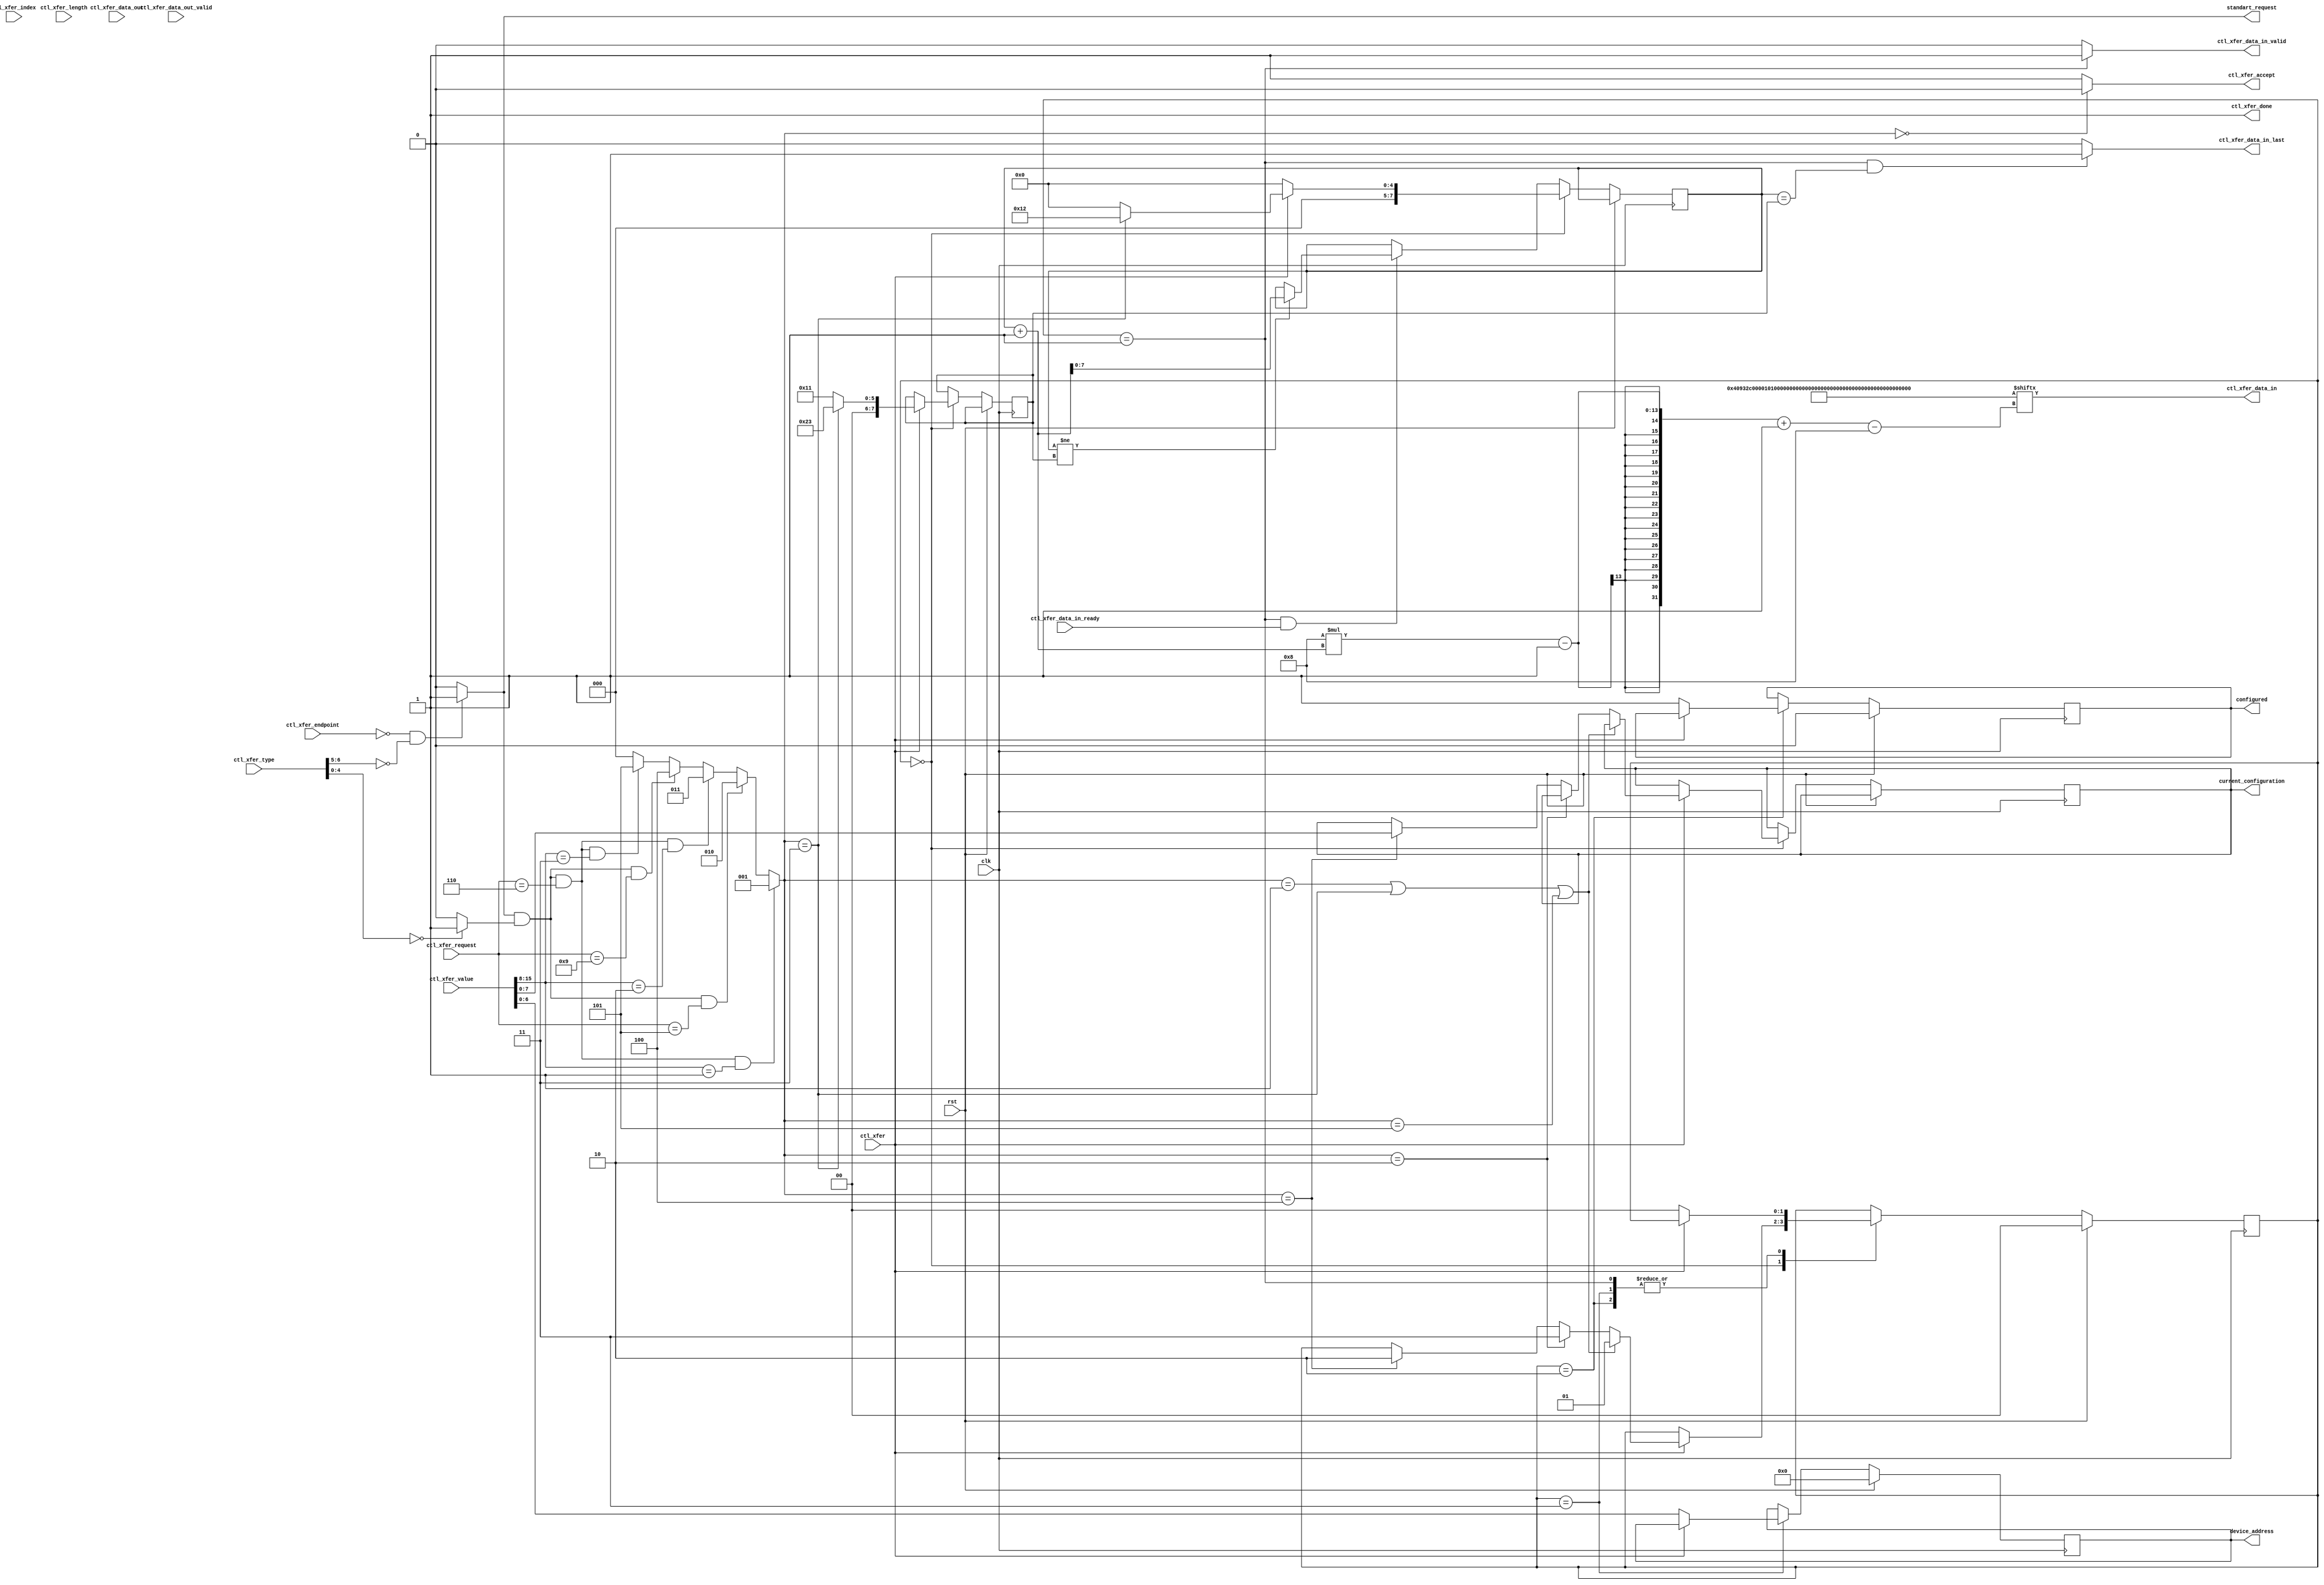
`timescale 1ns / 1ps
//////////////////////////////////////////////////////////////////////////////////
// Company:
// 
// Design Name: 
// Module Name: usb_std_request
// Project Name: axis_usbd
// Target Devices:
// Tool Versions:
// Description: 
// 
// Dependencies: 
// 
// Revision:
// Revision 0.01 - File Created
// Additional Comments:
// Based on project 'https://github.com/ObKo/USBCore'
// License: MIT
//  Copyright (c) 2021 Dmitry Matyunin
//  Permission is hereby granted, free of charge, to any person obtaining a copy
//  of this software and associated documentation files (the "Software"), to deal
//  in the Software without restriction, including without limitation the rights
//  to use, copy, modify, merge, publish, distribute, sublicense, and/or sell
//  copies of the Software, and to permit persons to whom the Software is
//  furnished to do so, subject to the following conditions:
//
//  The above copyright notice and this permission notice shall be included in
//  all copies or substantial portions of the Software.
//
//  THE SOFTWARE IS PROVIDED "AS IS", WITHOUT WARRANTY OF ANY KIND, EXPRESS OR
//  IMPLIED, INCLUDING BUT NOT LIMITED TO THE WARRANTIES OF MERCHANTABILITY
//  FITNESS FOR A PARTICULAR PURPOSE AND NONINFRINGEMENT. IN NO EVENT SHALL THE
//  AUTHORS OR COPYRIGHT HOLDERS BE LIABLE FOR ANY CLAIM, DAMAGES OR OTHER
//  LIABILITY, WHETHER IN AN ACTION OF CONTRACT, TORT OR OTHERWISE, ARISING FROM,
//  OUT OF OR IN CONNECTION WITH THE SOFTWARE OR THE USE OR OTHER DEALINGS IN
//  THE SOFTWARE.
// 
//////////////////////////////////////////////////////////////////////////////////

module usb_std_request #(
	parameter [15:0]VENDOR_ID = 16'hFACE,
	parameter [15:0]PRODUCT_ID = 16'h0BDE,
	parameter MANUFACTURER_LEN = 0,
	parameter MANUFACTURER = "",
	parameter PRODUCT_LEN = 0,
	parameter PRODUCT = "",
	parameter SERIAL_LEN = 0,
	parameter SERIAL = "",
	parameter CONFIG_DESC_LEN = 18,
	parameter CONFIG_DESC = {
		/* Interface descriptor */
		8'h00,		/* iInterface */
		8'h00,		/* bInterfaceProtocol */
		8'h00,		/* bInterfaceSubClass */
		8'h00,		/* bInterfaceClass */
		8'h00,		/* bNumEndpoints = 0 */
		8'h00,		/* bAlternateSetting */
		8'h00,		/* bInterfaceNumber = 0 */
		8'h04,		/* bDescriptorType = Interface Descriptor */
		8'h09,		/* bLength = 9 */
		/* Configuration Descriptor */
		8'h32,		/* bMaxPower = 100 mA */
		8'hC0,		/* bmAttributes = Self-powered */
		8'h00,		/* iConfiguration */
		8'h01,		/* bConfigurationValue */
		8'h01,		/* bNumInterfaces = 1 */
		16'h0012,	/* wTotalLength = 18 */
		8'h02,		/* bDescriptionType = Configuration Descriptor */
		8'h09		/* bLength = 9 */
	},
	parameter integer HIGH_SPEED = 1
)
(
	input wire rst,
	input wire clk,
	input wire [3:0]ctl_xfer_endpoint,
	input wire [7:0]ctl_xfer_type,
	input wire [7:0]ctl_xfer_request,
	input wire [15:0]ctl_xfer_value,
	input wire [15:0]ctl_xfer_index,
	input wire [15:0]ctl_xfer_length,
	output wire ctl_xfer_accept,
	input wire ctl_xfer,
	output wire ctl_xfer_done,
	input wire [7:0]ctl_xfer_data_out,
	input wire ctl_xfer_data_out_valid,
	output wire [7:0]ctl_xfer_data_in,
	output wire ctl_xfer_data_in_valid,
	output wire ctl_xfer_data_in_last,
	input wire ctl_xfer_data_in_ready,
	output wire [6:0]device_address,
	output wire [7:0]current_configuration,
	output wire configured,
	output wire standart_request
);

function [(2+2*MANUFACTURER_LEN)*8-1:0]desc_manufacturer;
	input [MANUFACTURER_LEN*8-1:0]str;
	integer i;
	begin
		desc_manufacturer[8*(0+1)-1-:8] = 2+2*MANUFACTURER_LEN;
		desc_manufacturer[8*(1+1)-1-:8] = 8'h03;
		for (i = 0; i < MANUFACTURER_LEN; i = i + 1) begin
			desc_manufacturer[8*(2+2*i+1)-1-:8] = str[8*(MANUFACTURER_LEN-i)-1-:8];
			desc_manufacturer[8*(3+2*i+1)-1-:8] = 8'h00;
		end
	end
endfunction

function [(2+2*PRODUCT_LEN)*8-1:0]desc_product;
	input [PRODUCT_LEN*8-1:0]str;
	integer i;
	begin
		desc_product[8*(0+1)-1-:8] = 2+2*PRODUCT_LEN;
		desc_product[8*(1+1)-1-:8] = 8'h03;
		for (i = 0; i < PRODUCT_LEN; i = i + 1) begin
			desc_product[8*(2+2*i+1)-1-:8] = str[8*(PRODUCT_LEN-i)-1-:8];
			desc_product[8*(3+2*i+1)-1-:8] = 8'h00;
		end
	end
endfunction

function [(2+2*SERIAL_LEN)*8-1:0]desc_serial;
	input [SERIAL_LEN*8-1:0]str;
	integer i;
	begin
		desc_serial[8*(0+1)-1-:8] = 2+2*SERIAL_LEN;
		desc_serial[8*(1+1)-1-:8] = 8'h03;
		for (i = 0; i < SERIAL_LEN; i = i + 1) begin
			desc_serial[8*(2+2*i+1)-1-:8] = str[8*(SERIAL_LEN-i)-1-:8];
			desc_serial[8*(3+2*i+1)-1-:8] = 8'h00;
		end
	end
endfunction

/* Full Speed Descriptor */
localparam DEVICE_DESC_FS = {
	8'h01,                             	  		/* bNumConfigurations = 1 */
	(SERIAL_LEN == 0) ? 8'h00 : 8'h03,    		/* iSerialNumber */
	(PRODUCT_LEN == 0) ? 8'h00 : 8'h02,			/* iProduct */
	(MANUFACTURER_LEN == 0) ? 8'h00 : 8'h01,  	/* iManufacturer */
	16'h0000,									/* bcdDevice */
	PRODUCT_ID,									/* idProduct */
	VENDOR_ID,									/* idVendor */
	8'h40,	                              		/* bMaxPacketSize = 64 */
	8'h00,	                              		/* bDeviceProtocol */
	8'h00,                              		/* bDeviceSubClass */
	8'hFF,                              		/* bDeviceClass = None */
	16'h0110,									/* bcdUSB = USB 1.1 */
	8'h01,                         				/* bDescriptionType = Device Descriptor */
	8'h12					                    /* bLength = 18 */
};

/* High Speed Descriptor */
localparam DEVICE_DESC_HS = {
	8'h01,										/* bNumConfigurations = 1 */
	(SERIAL_LEN == 0) ? 8'h00 : 8'h03,			/* iSerialNumber */
	(PRODUCT_LEN == 0) ? 8'h00 : 8'h02,			/* iProduct */
	(MANUFACTURER_LEN == 0) ? 8'h00 : 8'h01,	/* iManufacturer */
	16'h0000,									/* bcdDevice */ 
	PRODUCT_ID,									/* idProduct */
	VENDOR_ID,									/* idVendor */
	8'h40,										/* bMaxPacketSize = 64 */
	8'h00,										/* bDeviceProtocol */
	8'h00,										/* bDeviceSubClass */
	8'hFF,										/* bDeviceClass = None */
	16'h0200,									/* bcdUSB = USB 2.0 */
	8'h01,										/* bDescriptionType = Device Descriptor */
	8'h12										/* bLength = 18 */
};

localparam DEVICE_DESC = (HIGH_SPEED == 1) ? DEVICE_DESC_HS : DEVICE_DESC_FS;

localparam [4*8-1:0]STR_DESC = {
    16'h0409,
	8'h03,										/* bDescriptorType = String Descriptor */
	8'h04										/* bLength = 4 */
};

localparam MANUFACTURER_STR_DESC = desc_manufacturer(MANUFACTURER);
localparam PRODUCT_STR_DESC = desc_product(PRODUCT);
localparam SERIAL_STR_DESC = desc_serial(SERIAL);

localparam DEVICE_DESC_LEN = 18;
localparam STR_DESC_LEN = 4;
localparam MANUFACTURER_STR_DESC_LEN = 2 + 2*MANUFACTURER_LEN;
localparam PRODUCT_STR_DESC_LEN = 2 + 2*PRODUCT_LEN;
localparam SERIAL_STR_DESC_LEN = 2 + 2*SERIAL_LEN;

localparam DESC_SIZE_STR = DEVICE_DESC_LEN + CONFIG_DESC_LEN + STR_DESC_LEN + MANUFACTURER_STR_DESC_LEN + PRODUCT_STR_DESC_LEN + SERIAL_STR_DESC_LEN;
localparam DESC_SIZE_NOSTR = DEVICE_DESC_LEN + CONFIG_DESC_LEN;
localparam DESC_HAS_STRINGS = (MANUFACTURER_LEN > 0) || (PRODUCT_LEN > 0) || (SERIAL_LEN > 0);
localparam DESC_SIZE = (DESC_HAS_STRINGS) ? DESC_SIZE_STR : DESC_SIZE_NOSTR;
localparam USB_DESC = (DESC_HAS_STRINGS) ? {SERIAL_STR_DESC,PRODUCT_STR_DESC,MANUFACTURER_STR_DESC,STR_DESC,CONFIG_DESC,DEVICE_DESC} : {CONFIG_DESC,DEVICE_DESC};

localparam DESC_CONFIG_START = DEVICE_DESC_LEN;
localparam DESC_STRING_START = DEVICE_DESC_LEN + CONFIG_DESC_LEN;

localparam [1:0]
	STATE_IDLE = 2'd0, 
	STATE_GET_DESC = 2'd01,
	STATE_SET_CONF = 2'd02,
	STATE_SET_ADDR = 2'd03;

reg [1:0]state;
reg [7:0]mem_addr;
reg [7:0]max_mem_addr;
reg [2:0]req_type;

/* Request types:
	000 - None
	001 - Get device descriptor
	010 - Set address
	011 - Get configuration descriptor
	100 - Set configuration
	101 - Get string descriptor
*/

reg [6:0]device_address_int;
reg [7:0]current_configuration_int;
reg configured_int;

wire is_std_req;
wire is_dev_req;
wire handle_req;

assign device_address = device_address_int;
assign current_configuration = current_configuration_int;
assign configured = configured_int;

assign is_std_req = ((ctl_xfer_endpoint == 4'h0) && (ctl_xfer_type[6:5] == 2'b00)) ? 1'b1 : 1'b0;
assign is_dev_req = (ctl_xfer_type[4:0] == 5'b00000) ? 1'b1 : 1'b0;
assign handle_req = is_std_req & is_dev_req;
assign standart_request = is_std_req;
assign ctl_xfer_data_in_valid = (state == STATE_GET_DESC) ? 1'b1 : 1'b0;
assign ctl_xfer_data_in = USB_DESC[8*(mem_addr+1)-1-:8];
assign ctl_xfer_data_in_last = ((state == STATE_GET_DESC) && (mem_addr == max_mem_addr)) ? 1'b1 : 1'b0;
assign ctl_xfer_done = 1'b1;
assign ctl_xfer_accept = (req_type == 3'b000) ? 1'b0 : 1'b1;

always @(posedge clk) begin
	if (rst == 1'b1) begin
	
	end else begin
		if (state == STATE_IDLE) begin
			if (ctl_xfer == 1'b1) begin
				if (req_type == 3'b011) begin
					mem_addr <= DESC_CONFIG_START;
					max_mem_addr <= DESC_STRING_START - 1;
				end else if (DESC_HAS_STRINGS && (req_type == 3'b101)) begin
					if (ctl_xfer_value[7:0] == 8'h00) begin
						mem_addr <= DESC_STRING_START;
						max_mem_addr <= DESC_STRING_START + STR_DESC_LEN - 1;
					end else if (ctl_xfer_value[7:0] == 8'h01) begin
						mem_addr <= DESC_STRING_START + STR_DESC_LEN;
						max_mem_addr <= DESC_STRING_START + STR_DESC_LEN + MANUFACTURER_STR_DESC_LEN - 1;
					end else if (ctl_xfer_value[7:0] == 8'h02) begin
						mem_addr <= DESC_STRING_START + STR_DESC_LEN + MANUFACTURER_STR_DESC_LEN;
						max_mem_addr <= DESC_STRING_START + STR_DESC_LEN + MANUFACTURER_STR_DESC_LEN + PRODUCT_STR_DESC_LEN - 1;
					end else if (ctl_xfer_value[7:0] == 8'h03) begin
						mem_addr <= DESC_STRING_START + STR_DESC_LEN + MANUFACTURER_STR_DESC_LEN + PRODUCT_STR_DESC_LEN;
						max_mem_addr <= DESC_SIZE - 1;
					end
				end else begin
					mem_addr <= 0;
					max_mem_addr <= DESC_CONFIG_START - 1;
				end
			end else begin
				mem_addr <= 0;
			end
		end else if ((state == STATE_GET_DESC) && (ctl_xfer_data_in_ready == 1'b1)) begin
			if (mem_addr != max_mem_addr) begin
				mem_addr <= mem_addr + 1;
			end
		end
	end
end

always @(posedge clk) begin
	if (rst == 1'b1) begin
		state <= STATE_IDLE;
		device_address_int <= 0;
		configured_int <= 1'b0;
	end else begin
		case (state)
		STATE_IDLE: begin
			if (ctl_xfer == 1'b1) begin
				if ((req_type == 3'b001) || (req_type == 3'b011) || (req_type == 3'b101)) begin
					state <= STATE_GET_DESC;
				end else if (req_type == 3'b010) begin
					state <= STATE_SET_ADDR;
				end else if (req_type == 3'b100) begin
					current_configuration_int <= ctl_xfer_value[7:0];
					state <= STATE_SET_CONF;
				end
			end
		end
		STATE_SET_ADDR: begin
			if (ctl_xfer == 1'b0) begin
				state <= STATE_IDLE;
				device_address_int <= ctl_xfer_value[6:0];
			end
		end
		STATE_GET_DESC: begin
			if (ctl_xfer == 1'b0) begin
				state <= STATE_IDLE;
			end
		end
		STATE_SET_CONF: begin
			if (ctl_xfer == 1'b0) begin
				configured_int <= 1'b1;
				state <= STATE_IDLE;
			end
		end
        endcase
	end
end

always @(*) begin
	if ((handle_req == 1'b1) && (ctl_xfer_request == 8'h06) && (ctl_xfer_value[15:8] == 8'h01)) begin
		req_type <= 3'b001;
	end else if ((handle_req == 1'b1) && (ctl_xfer_request == 8'h05)) begin
		req_type <= 3'b010;
	end else if ((handle_req == 1'b1) && (ctl_xfer_request == 8'h06) && (ctl_xfer_value[15:8] == 8'h02)) begin
		req_type <= 3'b011;
	end else if ((handle_req == 1'b1) && (ctl_xfer_request == 8'h09)) begin
		req_type <= 3'b100;
	end else if ((handle_req == 1'b1) && (ctl_xfer_request == 8'h06) && (ctl_xfer_value[15:8] == 8'h03)) begin
		req_type <= 3'b101;
	end else begin
		req_type <= 3'b000;
	end
end

endmodule